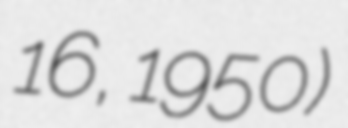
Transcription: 16, 1950)